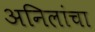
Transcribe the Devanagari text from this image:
अनिलांचा